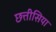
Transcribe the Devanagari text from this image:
छत्तीसिया